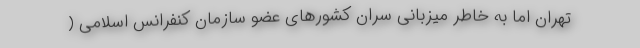
تهران اما به خاطر میزبانی سران کشورهای عضو سازمان کنفرانس اسلامی (